Scottish Leaving Certificate Examination, 1952
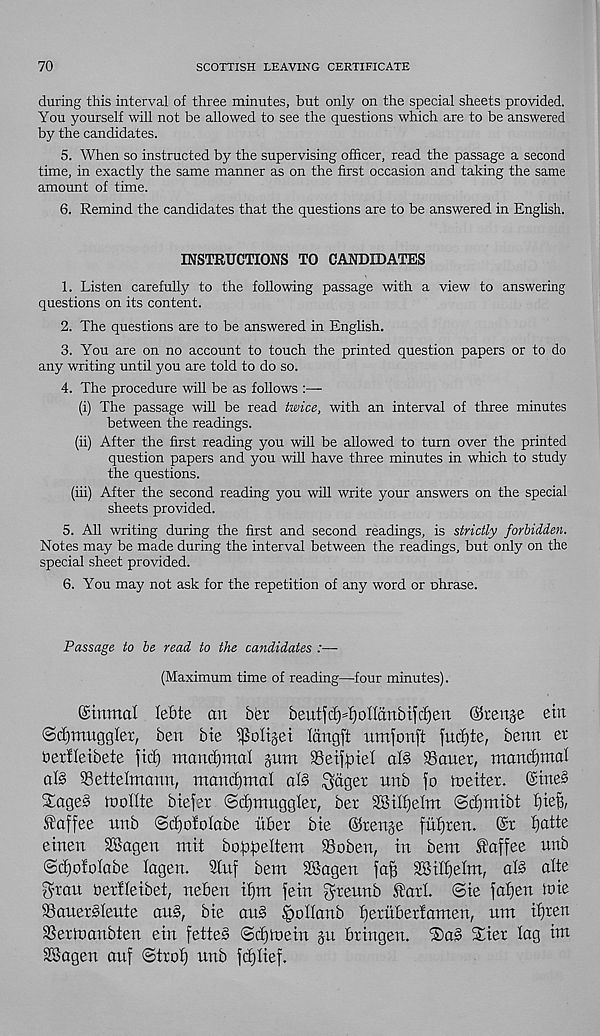
70
SCOTTISH LEAVING CERTIFICATE
during this interval of three minutes, but only on the special sheets provided.
You yourself will not be allowed to see the questions which are to be answered
by the candidates.
5. When so instructed by the supervising officer, read the passage a second
time, in exactly the same manner as on the first occasion and taking the same
amount of time.
6. Remind the candidates that the questions are to be answered in English.
INSTRUCTIONS TO CANDIDATES
1. Listen carefully to the following passage with a view to answering
questions on its content.
2. The questions are to be answered in Enghsh.
3. You are on no account to touch the printed question papers or to do
any writing until you are told to do so.
4. The procedure will be as follows :—
(i) The passage will be read twice, with an interval of three minutes
between the readings.
(ii) After the first reading you will be allowed to turn over the printed
question papers and you will have three minutes in which to study
the questions.
(iii) After the second reading you will write your answers on the special
sheets provided.
5. All writing during the first and second readings, is strictly forbidden.
Notes may be made during the interval between the readings, but only on the
special sheet provided.
6. You may not ask for the repetition of any word or ohrase.
Passage to be read to the candidates :—
(Maximum time of reading—four minutes).
(gtnmctl leOte an bet beutfd)=f)ofianbifc!)en ©renje ein
©Smuggler, ben Me ^oltjet langft umfonft [ucfjte, benn et
berfleibete fid) ntancfjmal pm SSeifpiel al§ Saner, tnandfmal
al§ Settelmann, mandfmal al§ $dger unb fo metier. @tne§
S£age§ mollte biefer ©dfmnggler, bet 28ilf)elm ©dfmibt l]ie%
J^affee unb ©dfoiolabe itbet Me ©renje fuf)ten. @r Ifatte
einen SSagen mit bofpeltem Soben, in bent Sfaffee unb
(3c£)ofoIabe lagen. Stuf bem SSagen faff SBiifielm, aB alte
gran berileibet, neben if)m fein fyreunb £arl. <Bie fafjen laie
SalterSleute atm, Me aim (jpollanb fjeruberfamen, um ii)ren
Sertnanbien ein fette§ @(i)ft>ein p bringen. ®a§ Sier lag int
SSagen auf @tro^ unb fdjlief.